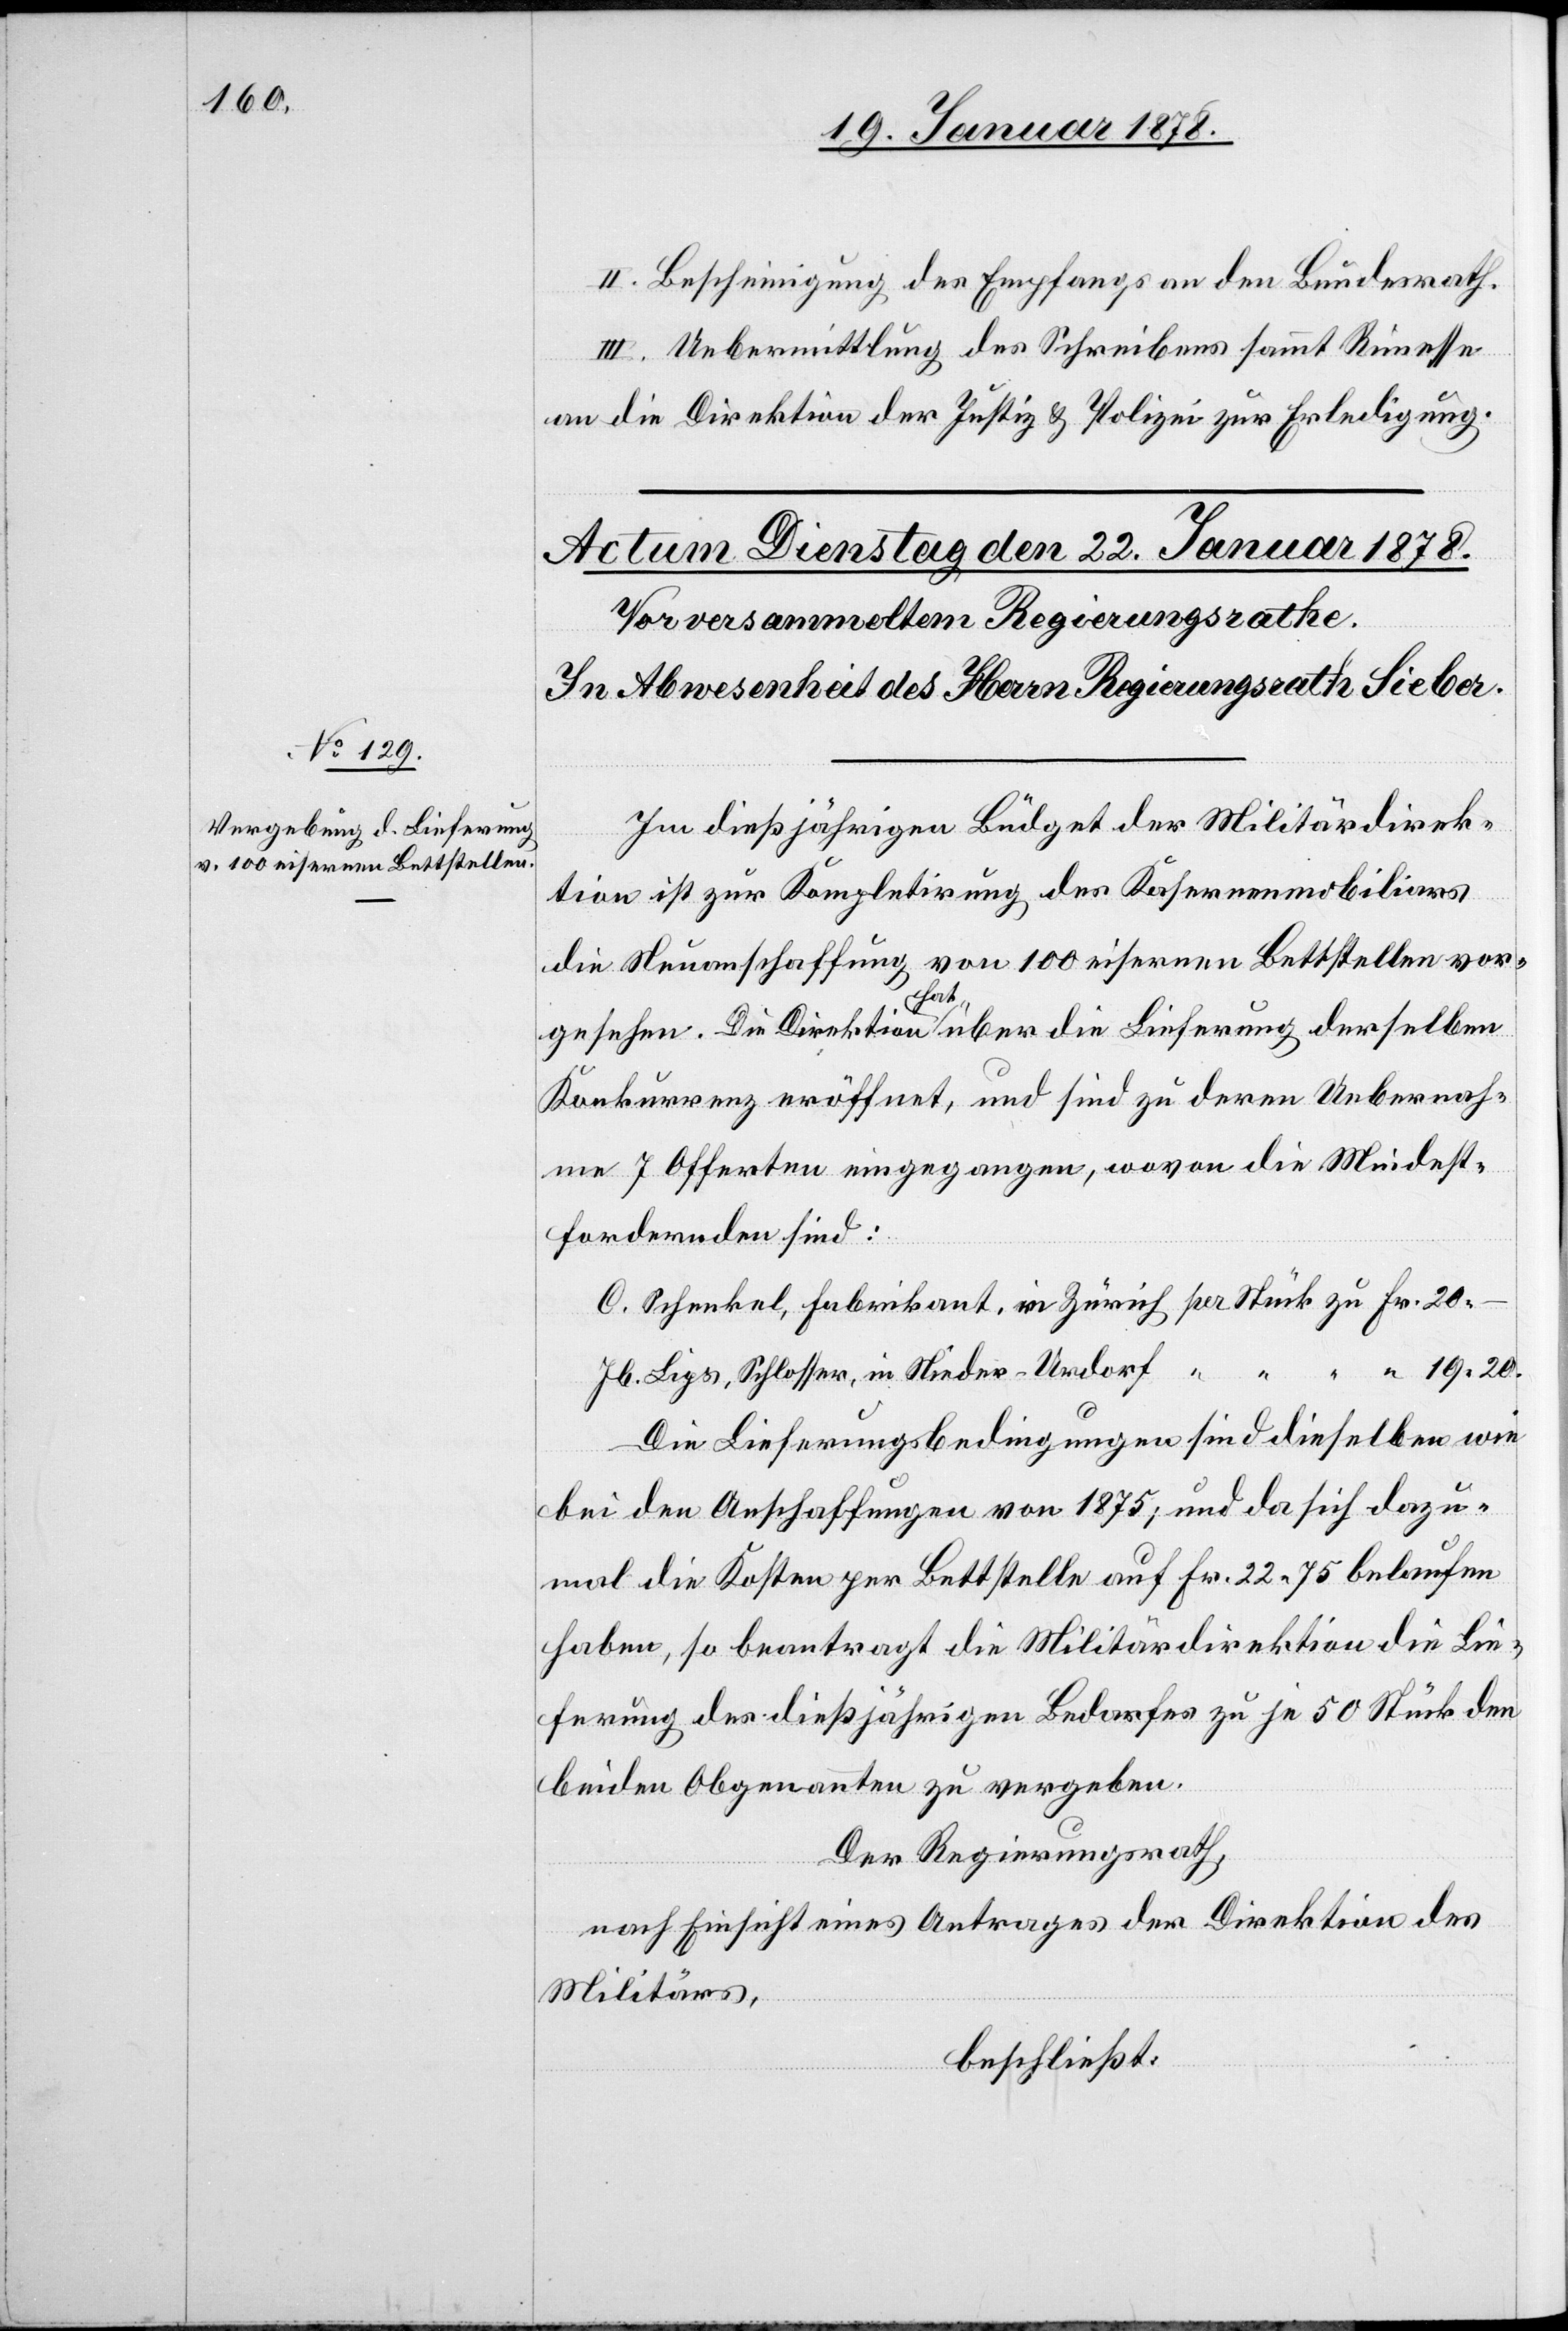
II. Bescheinigung des Empfangs an den Bundesrath.
III. Uebermittlung des Schreibens sammt Rimesse
an die Direktion der Justiz & Polizei zur Erledigung.
Im dießjährigen Büdget der Militärdirek¬
tion ist zur Kompletirung des Kasernenmobiliars
die Neuanschaffung von 100 eisernen Bettstellen vor¬
gesehen. Die Direktion hat über die Lieferung derselben
Konkurrenz eröffnet, und sind zu deren Uebernah¬
me 7 Offerten eingegangen, wovon die Mindest¬
fordernden sind:
C. Schenkel, Fabrikant, in Zürich per Stück zu Fr. 20.–
Jb. Lips, Schlosser, in Nieder-Urdorf “ “ “ “ 19.20.
Die Lieferungsbedingungen sind dieselben wie
bei den Anschaffungen von 1875, und da sich dazu¬
mal die Kosten per Bettstelle auf Fr. 22.75 belaufen
haben, so beantragt die Militärdirektion die Lie¬
ferung des dießjährigen Bedarfes zu je 50 Stück den
beiden Obgenannten zu vergeben.
Der Regierungsrath,
nach Einsicht eines Antrages der Direktion des
Militärs,
beschließt: